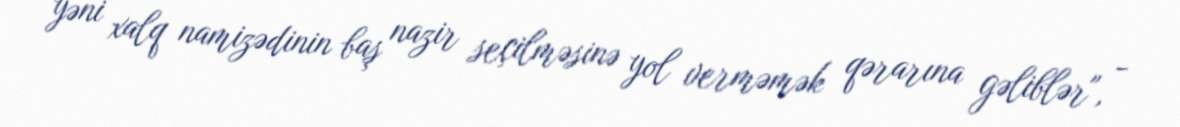
yəni xalq namizədinin baş nazir seçilməsinə yol verməmək qərarına gəliblər", -